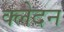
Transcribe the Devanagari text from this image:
क्‍लेदन